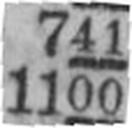
1100